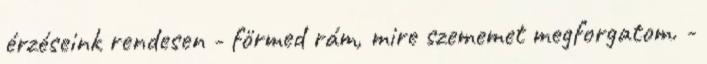
érzéseink rendesen - förmed rám, mire szememet megforgatom. -